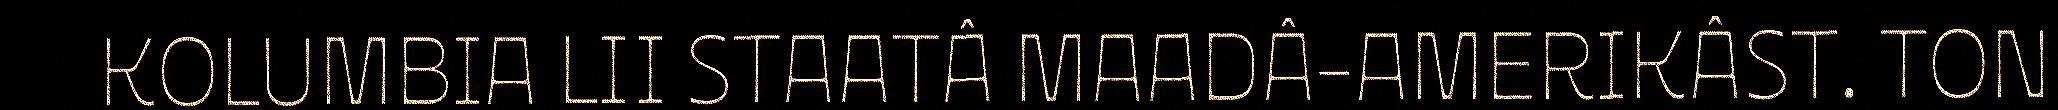
KOLUMBIA LII STAATÂ MAADÂ-AMERIKÂST. TON